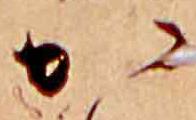
か